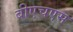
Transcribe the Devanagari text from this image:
बीएचएस